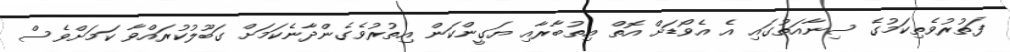
ފަތުރުވެތިކަމުގެ ސިނާއަތުގައި އެ އެވޯޑަށް އޮތް އިތުބާރާއި ޔަގީންކަން އިތުރުވެގެންދާނެކަމަށް ގަބޫލުކުރައްވާ ކަމަށްވެސް